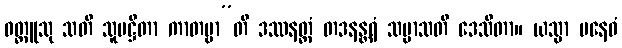
ဝတ္ထူသု သတိ သူပဋ္ဌိတာ ကာတဗ္ဗာ”တိ ဒဿနတ္ထံ တဒနန္တရံ သမ္မာသတိ ဒေသိတာ။ ယသ္မာ ပနေဝံ